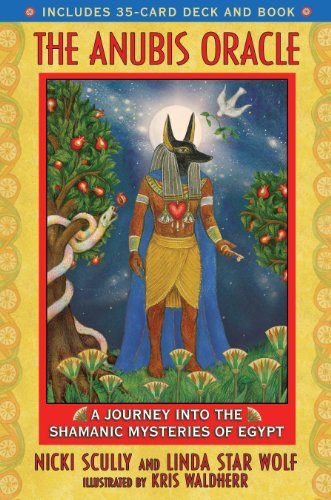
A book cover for The Anubis Oracle: A Journey into the Shamanic Mysteries of Egypt; Nicki Scully; Religion & Spirituality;